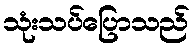
သုံးသပ်ပြောသည်